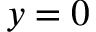
y = 0